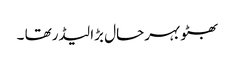
بھٹو بہرحال بڑا لیڈرتھا ۔